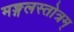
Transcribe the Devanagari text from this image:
मङ्गलस्तोत्रम्